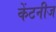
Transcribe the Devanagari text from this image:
केंटनीज